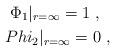
LaTeX: \begin{align*}\Phi_1|_{r=\infty}= 1 \ , \ \ \\Phi_2|_{r=\infty}=0 \ , \end{align*}